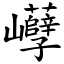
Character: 巕